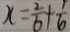
x = \frac { 2 } { 6 } + \frac { 1 } { 6 }